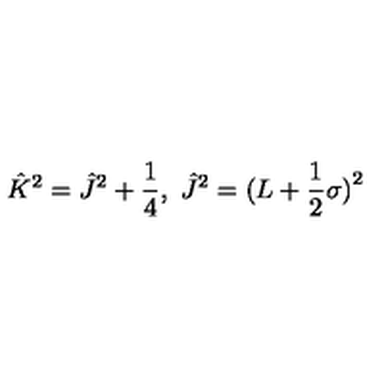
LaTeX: \hat { K } ^ { 2 } = \hat { J } ^ { 2 } + \frac 1 4 , \ \hat { J } ^ { 2 } = ( L + \frac 1 2 { \bf \sigma ) } ^ { 2 }